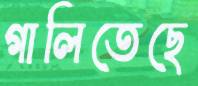
গালিতেছে